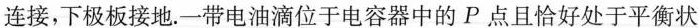
连接，下极板接地.一带电油滴位于电容器中的P点且恰好处于平衡状